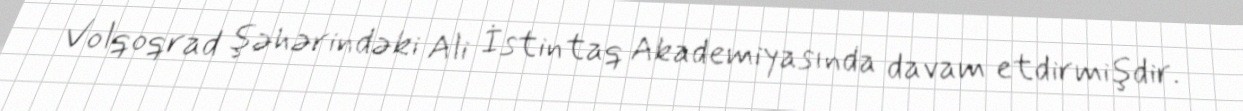
Volqoqrad şəhərindəki Ali İstintaq Akademiyasında davam etdirmişdir.